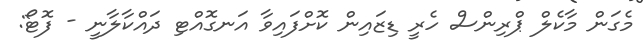
މެގަން މާކެލް ޕްރިންސް ހެރީ ޑިޒައިން ކޮށްފައިވާ އަނގޮއްޓި ދައްކާލާނީ - ފޮޓޯ: